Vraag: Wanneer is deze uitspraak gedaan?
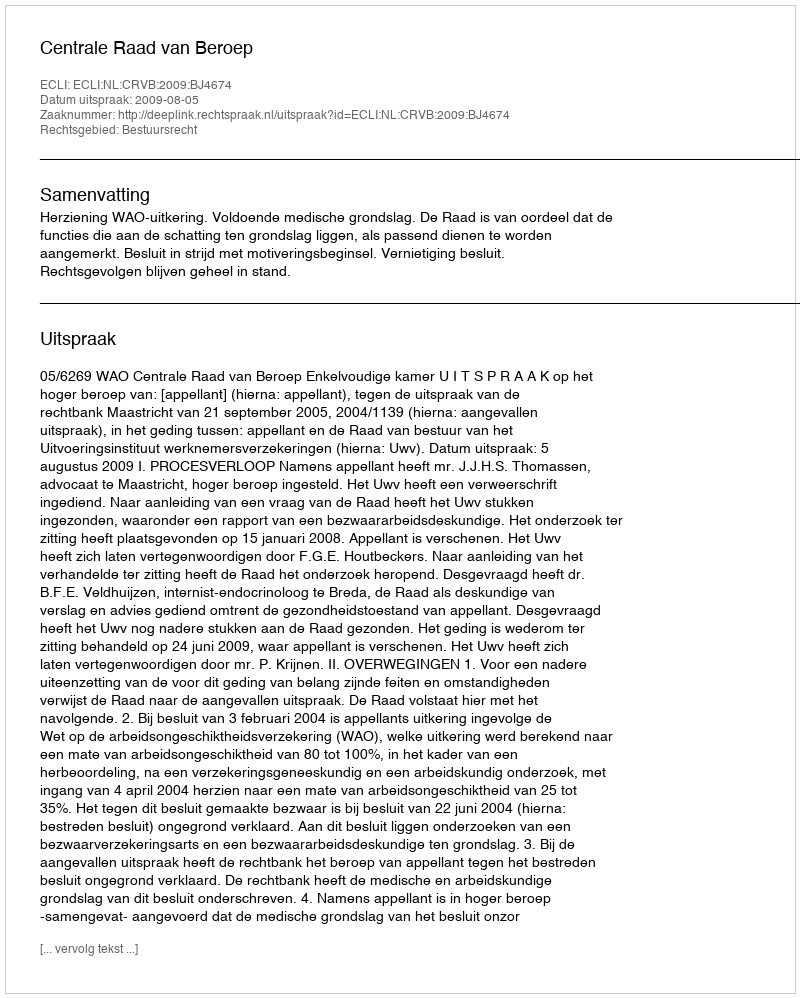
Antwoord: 2009-08-05